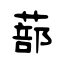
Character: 蔀